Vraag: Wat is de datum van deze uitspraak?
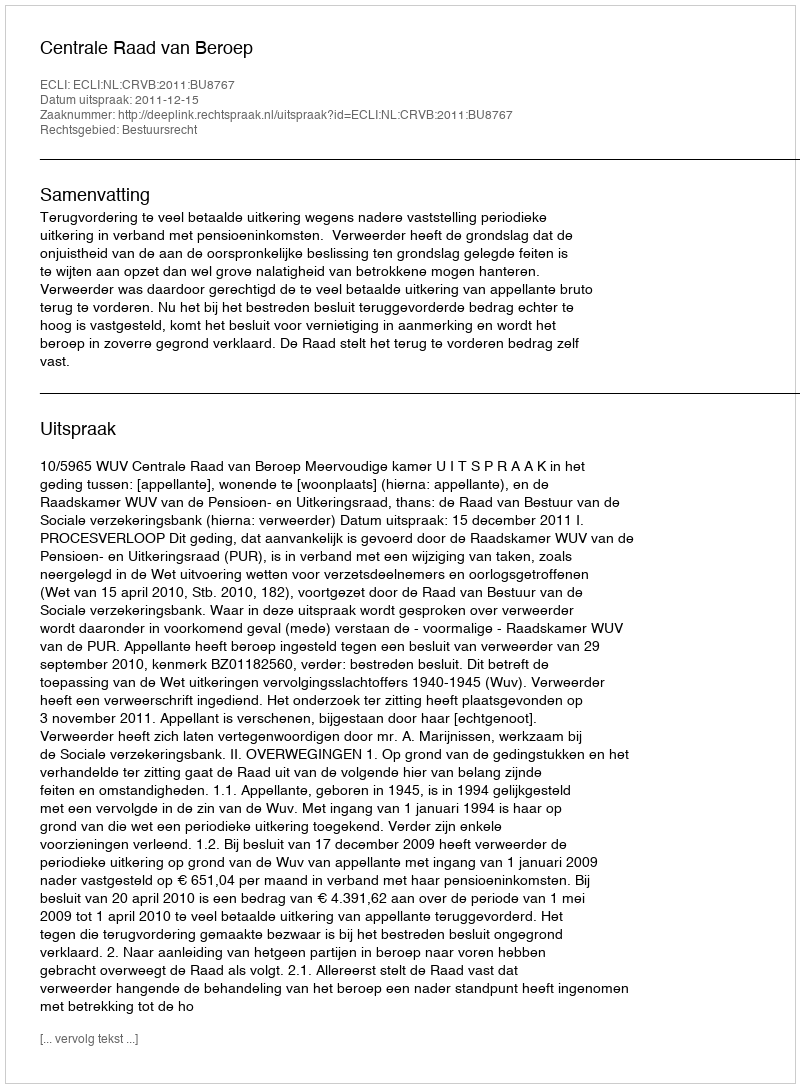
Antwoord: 2011-12-15